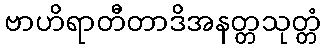
ဗာဟိရာတီတာဒိအနတ္တသုတ္တံ